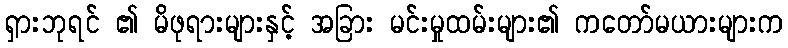
ရှားဘုရင် ၏ မိဖုရားများနှင့် အခြား မင်းမှုထမ်းများ၏ ကတော်မယားများက